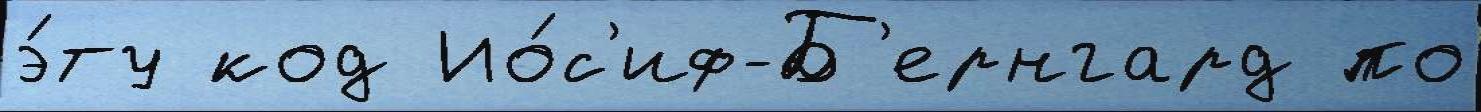
э́ту код Ио́с'иф-Б'ернгард по